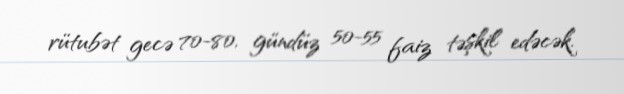
rütubət gecə 70-80, gündüz 50-55 faiz təşkil edəcək.